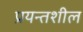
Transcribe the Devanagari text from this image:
प्रयन्तशील